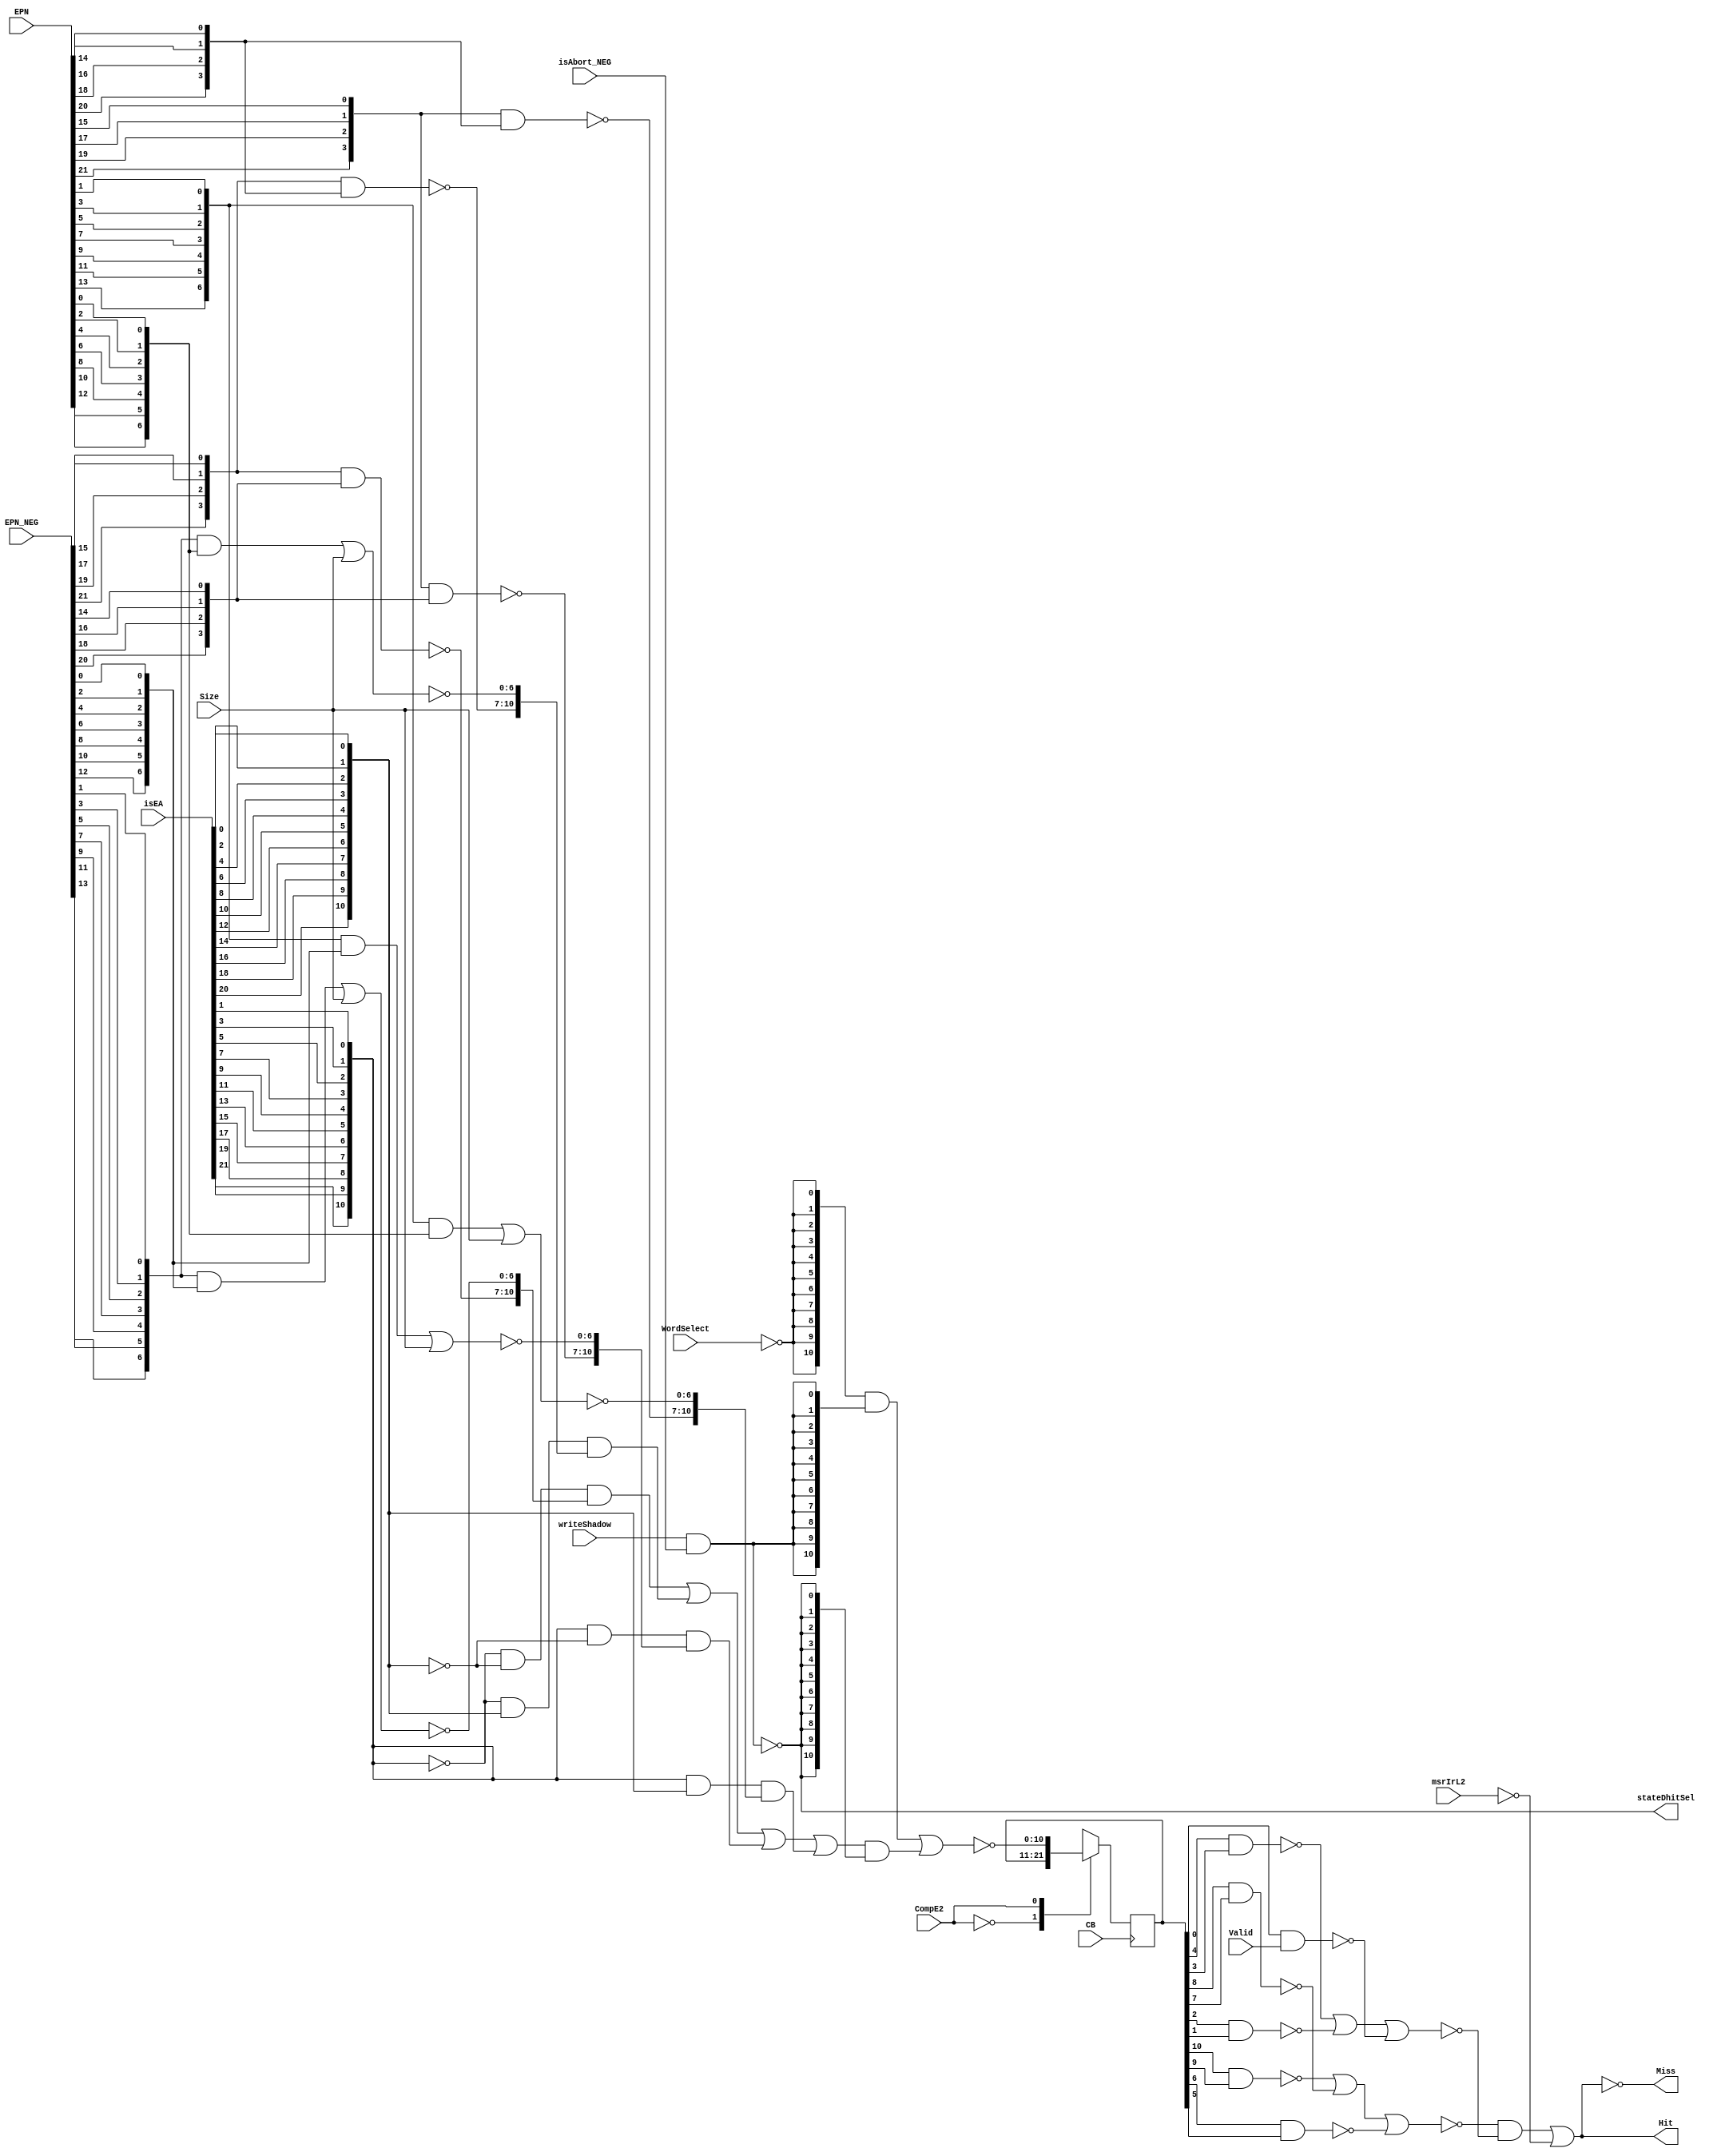
// Library - PR_mmu, Cell - isComp0, // View - schematic, Version - 0.15 

module p405s_itlb_isComp0( Hit,
                Miss,
                stateDhitSel,
                CB,
                CompE2,
                EPN,
                EPN_NEG,
                Size,
                Valid,
                WordSelect,
                isAbort_NEG,
                isEA,
                msrIrL2,
                writeShadow
                );

output  Hit;
output  Miss;
output  stateDhitSel;

input  CompE2;
input  Valid;
input  WordSelect;
input  isAbort_NEG;
input  msrIrL2;
input  writeShadow;

input [0:6]   Size;
input [0:21]  EPN;
input         CB;
input [0:21]  isEA;
input [0:21]  EPN_NEG;

// Buses in the design

wire  [0:10]  comp1_11_NEG;
wire  [0:10]  comp1_11;
reg   [0:10]  sComp0_11_reg;  
reg   [0:10]  isComp0_11_DataIn;

wire  WordSelect_NEG;

wire  mux1D0;
wire  mux2D0;
wire  mux3D0;
wire  mux4D0;
wire  mux5D0;
wire  mux6D0;
wire  mux7D0;
wire  mux8D0;
wire  mux9D0;
wire  mux10D0;
wire  mux11D0;

wire  mux1D1;
wire  mux2D1;
wire  mux3D1;
wire  mux4D1;
wire  mux5D1;
wire  mux6D1;
wire  mux7D1;
wire  mux8D1;
wire  mux9D1;
wire  mux10D1;
wire  mux11D1;

wire  mux1D2;
wire  mux2D2;
wire  mux3D2;
wire  mux4D2;
wire  mux5D2;
wire  mux6D2;
wire  mux7D2;
wire  mux8D2;
wire  mux9D2;
wire  mux10D2;
wire  mux11D2;

wire  mux1D3;
wire  mux2D3;
wire  mux3D3;
wire  mux4D3;
wire  mux5D3;
wire  mux6D3;
wire  mux7D3;
wire  mux8D3;
wire  mux9D3;
wire  mux10D3;
wire  mux11D3;

wire  Miss_i;
wire  stateDhitSel_i;

  assign Miss = Miss_i;
  assign stateDhitSel = stateDhitSel_i;

   // Replacing instantiation: GTECH_AOI21 I56
   wire comp1_6;
   wire msrIrL2_N;
   wire comp7_11;
   assign Miss_i = ~( (comp1_6 & comp7_11) | msrIrL2_N );

  // Removed the module "dp_logMMU_StdeDhitsel"
  assign stateDhitSel_i = ~( writeShadow & isAbort_NEG );

  // Removed the module "dp_muxMMU_StateDhit"
  assign comp1_11[0:10] = ~(({11{WordSelect_NEG}} & {11{~(stateDhitSel_i)}} ) | 
                            (comp1_11_NEG[0:10] & {11{stateDhitSel_i}} ));

   // Replacing instantiation: GTECH_NOT I43
   assign Hit = ~(Miss_i);

   // Replacing instantiation: GTECH_NOT I58
   assign msrIrL2_N = ~(msrIrL2);

   // Replacing instantiation: GTECH_NOT I37
   assign WordSelect_NEG = ~(WordSelect);

  // Removed the module "dp_muxMMU_isCompMux"
  assign comp1_11_NEG[0:10]  = ((~({isEA[0],isEA[2],isEA[4],isEA[6],isEA[8],isEA[10],isEA[12], 
                     isEA[14],isEA[16],isEA[18],isEA[20]}) & ~({isEA[1],isEA[3],isEA[5], 
                     isEA[7],isEA[9],isEA[11],isEA[13],isEA[15],isEA[17],isEA[19],
                     isEA[21]}) & {mux1D0,mux2D0,mux3D0,mux4D0,mux5D0,mux6D0,mux7D0,
                     mux8D0,mux9D0,mux10D0,mux11D0}) | (~({isEA[0],isEA[2],isEA[4],isEA[6], 
                     isEA[8],isEA[10],isEA[12],isEA[14],isEA[16],isEA[18],isEA[20]}) & 
                     ({isEA[1],isEA[3],isEA[5],isEA[7],isEA[9],isEA[11],isEA[13],isEA[15], 
                     isEA[17],isEA[19],isEA[21]}) & {mux1D1,mux2D1,mux3D1,mux4D1,mux5D1, 
                     mux6D1,mux7D1,mux8D1,mux9D1,mux10D1,mux11D1}) | ({isEA[0],isEA[2], 
                     isEA[4],isEA[6],isEA[8],isEA[10],isEA[12],isEA[14],isEA[16],isEA[18], 
                     isEA[20]} & ~({isEA[1],isEA[3],isEA[5],isEA[7],isEA[9],isEA[11], 
                     isEA[13],isEA[15],isEA[17],isEA[19],isEA[21]}) & {mux1D2,mux2D2,mux3D2, 
                     mux4D2,mux5D2,mux6D2,mux7D2,mux8D2,mux9D2,mux10D2,mux11D2}) | 
                     ({isEA[0],isEA[2],isEA[4],isEA[6],isEA[8],isEA[10],isEA[12],isEA[14], 
                     isEA[16],isEA[18],isEA[20]} & {isEA[1],isEA[3],isEA[5],isEA[7],isEA[9], 
                     isEA[11],isEA[13],isEA[15],isEA[17],isEA[19],isEA[21]} & {mux1D3,mux2D3, 
                     mux3D3,mux4D3,mux5D3,mux6D3,mux7D3,mux8D3,mux9D3,mux10D3,mux11D3}));

   // Replacing instantiation: GTECH_NOR3 I23
   wire comp1_2;
   wire comp5_6_NEG;
   wire comp3_4_NEG;
   assign comp1_6 = ~( comp1_2 | comp3_4_NEG | comp5_6_NEG );

   // Replacing instantiation: GTECH_NOR3 I24
   wire comp7_8_NEG;
   wire validComp_NEG;
   wire comp9_10_NEG;
   assign comp7_11 = ~( comp7_8_NEG | comp9_10_NEG | validComp_NEG );

   // Replacing instantiation: GTECH_NAND2 I54
   wire comp11L2;
   assign validComp_NEG = ~( comp11L2 & Valid );

   // Replacing instantiation: GTECH_NAND2 I19
   wire comp7L2;
   wire comp8L2;
   assign comp7_8_NEG = ~( comp7L2 & comp8L2 );

   // Replacing instantiation: GTECH_NAND2 I17
   wire comp3L2;
   wire comp4L2;
   assign comp3_4_NEG = ~( comp3L2 & comp4L2 );

   // Replacing instantiation: GTECH_NAND2 I55
   wire comp9L2;
   wire comp10L2;
   assign comp9_10_NEG = ~( comp9L2 & comp10L2 );

   // Replacing instantiation: GTECH_NAND2 I16
   wire comp1L2;
   wire comp2L2;
   assign comp1_2 = ~( comp1L2 & comp2L2 );

   // Replacing instantiation: GTECH_NAND2 I18
   wire comp5L2;
   wire comp6L2;
   assign comp5_6_NEG = ~( comp5L2 & comp6L2 );

  // Removed the module "dp_logMMU_isCompNand" 4 instances
  assign {mux1D0,mux2D0,mux3D0, mux4D0} = ~( {EPN_NEG[0],EPN_NEG[2],EPN_NEG[4],EPN_NEG[6]} &
                                             {EPN_NEG[1],EPN_NEG[3],EPN_NEG[5],EPN_NEG[7]} );
  assign {mux1D1,mux2D1,mux3D1, mux4D1} = ~( {EPN_NEG[0],EPN_NEG[2],EPN_NEG[4],EPN_NEG[6]} &
                                             {EPN[1],EPN[3],EPN[5],EPN[7]} );
  assign {mux1D3,mux2D3,mux3D3, mux4D3} = ~( {EPN[0],EPN[2],EPN[4],EPN[6]} & {EPN[1],EPN[3],
                                              EPN[5],EPN[7]} );
  assign {mux1D2,mux2D2,mux3D2, mux4D2} = ~( {EPN[0],EPN[2],EPN[4],EPN[6]} & {EPN_NEG[1],
                                              EPN_NEG[3], EPN_NEG[5],EPN_NEG[7]} );

  // Removed the module "dp_regMMU_isComp0_11"
  always @(comp1L2 or comp2L2 or comp3L2 or comp4L2 or comp5L2 or comp6L2 or comp7L2 or 
           comp8L2 or comp9L2 or comp10L2 or comp11L2 or comp1_11 or CompE2)    
    begin        
      casez(CompE2)        
        1'b0: isComp0_11_DataIn = {comp1L2,comp2L2,comp3L2,comp4L2,comp5L2,comp6L2,comp7L2,
                               comp8L2,comp9L2,comp10L2,comp11L2};   
        1'b1: isComp0_11_DataIn = comp1_11[0:10];   
        default: isComp0_11_DataIn = 11'bx;  
      endcase        
    end        

  always @(posedge CB)      
    begin        
      sComp0_11_reg <= isComp0_11_DataIn;     
    end        

  assign {comp1L2,comp2L2,comp3L2,comp4L2,comp5L2,comp6L2,comp7L2,comp8L2,comp9L2,
          comp10L2,comp11L2} = sComp0_11_reg;

  // Removed the module "dp_logMMU_isCompgetMuxData" 4 instances
  assign {mux5D3,mux6D3,mux7D3,mux8D3,mux9D3,mux10D3,mux11D3} = ~( ({EPN[8],EPN[10],EPN[12],
                              EPN[14],EPN[16],EPN[18],EPN[20]} & {EPN[9],EPN[11],EPN[13], 
                              EPN[15],EPN[17],EPN[19],EPN[21]}) | Size[0:6] );

  assign {mux5D2,mux6D2,mux7D2,mux8D2,mux9D2,mux10D2,mux11D2} = ~( ({EPN[8],EPN[10],EPN[12],
                              EPN[14],EPN[16],EPN[18],EPN[20]} & {EPN_NEG[9],EPN_NEG[11],
                              EPN_NEG[13],EPN_NEG[15],EPN_NEG[17],EPN_NEG[19],EPN_NEG[21]}) |
                              Size[0:6] );

  assign {mux5D1,mux6D1,mux7D1,mux8D1,mux9D1,mux10D1,mux11D1} = ~( ({EPN_NEG[8],EPN_NEG[10],
                               EPN_NEG[12],EPN_NEG[14],EPN_NEG[16],EPN_NEG[18],EPN_NEG[20]} &
                              {EPN[9],EPN[11],EPN[13],EPN[15],EPN[17],EPN[19],EPN[21]}) |
                               Size[0:6] );

  assign {mux5D0,mux6D0,mux7D0,mux8D0,mux9D0,mux10D0,mux11D0} = ~( ({EPN_NEG[8],EPN_NEG[10],
                               EPN_NEG[12],EPN_NEG[14],EPN_NEG[16],EPN_NEG[18],EPN_NEG[20]} &
                              {EPN_NEG[9],EPN_NEG[11],EPN_NEG[13],EPN_NEG[15],EPN_NEG[17],
                               EPN_NEG[19],EPN_NEG[21]}) | Size[0:6] );

endmodule